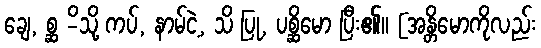
ချေ, စ္ဆ -ိသို့ ကပ်, နာမ်ငဲ့, သိ ပြု, ပစ္ဆိမော ပြီး၏။ [အန္တိမောကိုလည်း